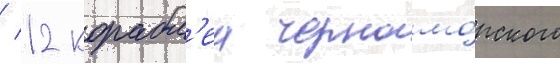
/ 12 корабл'еи черномо́рского